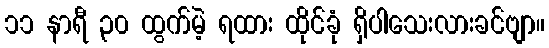
၁၁ နာရီ ၃၀ ထွက်မဲ့ ရထား ထိုင်ခုံ ရှိပါသေးလားခင်ဗျာ။